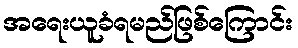
အရေးယူခံရမည်ဖြစ်ကြောင်း